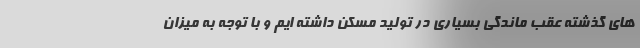
های گذشته عقب ماندگی بسیاری در تولید مسکن داشته ایم و با توجه به میزان